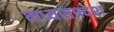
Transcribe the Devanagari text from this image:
मध्यसप्रदेश